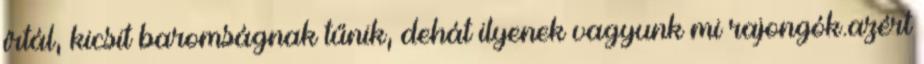
írtál, kicsit baromságnak tűnik, dehát ilyenek vagyunk mi rajongók.azért